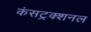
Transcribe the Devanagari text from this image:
कंसट्रक्शनल